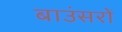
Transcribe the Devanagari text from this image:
बाउंसरों